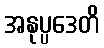
အနုပ္ပဒေတိ